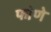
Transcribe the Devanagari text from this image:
फोणे